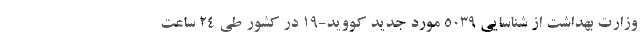
وزارت بهداشت از شناسایی ۵۰۳۹ مورد جدید کووید-۱۹ در کشور طی ۲۴ ساعت